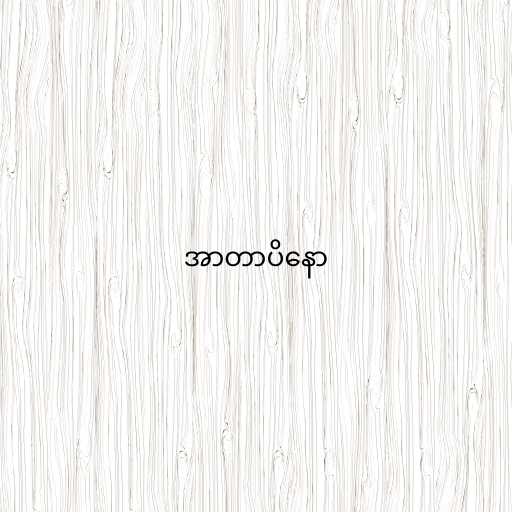
အာတာပိနော